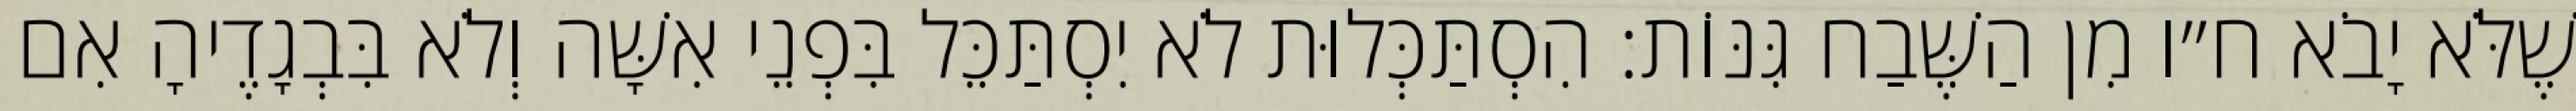
שֶׁלֹּא יָבֹא ח״ו מִן הַשֶּׁבַח גִּנּוֹת: הִסְתַּכְּלוּת לֹא יִסְתַּכֵּל בִּפְנֵי אִשָּׁה וְלֹא בִּבְגָדֶיהָ אִם